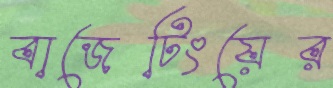
বাজেটিংয়ের